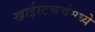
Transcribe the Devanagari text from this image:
ख्राईस्टचर्चमध्ये